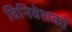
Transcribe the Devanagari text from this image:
विनिवेशकों